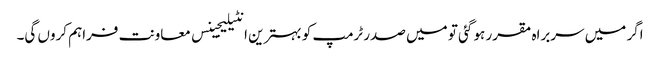
اگر میں سربراہ مقرر ہو گئی تو میں صدر ٹرمپ کو بہترین انٹیلیجینس معاونت فراہم کروں گی۔